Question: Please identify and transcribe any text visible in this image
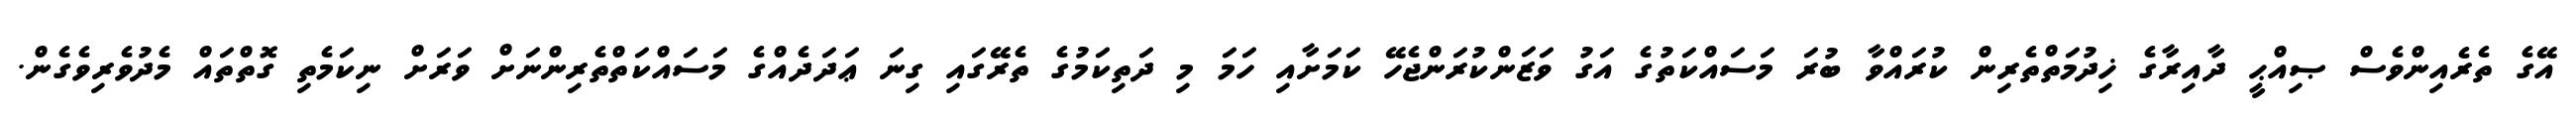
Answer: އޭގެ ތެރެއިންވެސް ޞިއްޙީ ދާއިރާގެ ޚިދުމަތްތެރިން ކުރައްވާ ބުރަ މަސައްކަތުގެ އަގު ވަޒަންކުރަންޖެހޭ ކަމަށާއި ހަމަ މި ދަތިކަމުގެ ތެރޭގައި ގިނަ ޢަދަދެއްގެ މަސައްކަތްތެރިންނަށް ވަރަށް ނިކަމެތި ގޮތްތައް މެދުވެރިވެގެން.